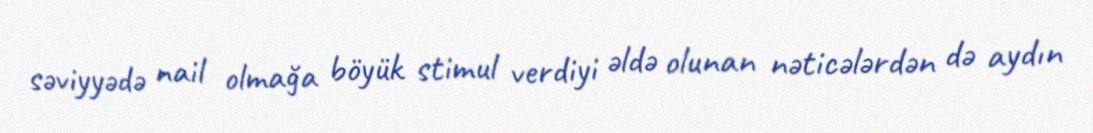
səviyyədə nail olmağa böyük stimul verdiyi əldə olunan nəticələrdən də aydın